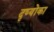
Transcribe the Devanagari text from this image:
दृष्योंका